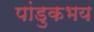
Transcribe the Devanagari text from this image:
पांडुकभय